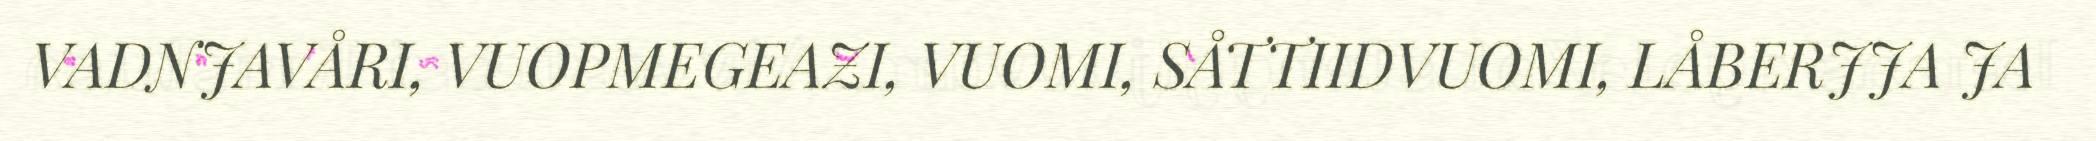
VADNJAVÅRI, VUOPMEGEAZI, VUOMI, SÅTTIIDVUOMI, LÅBERJJA JA